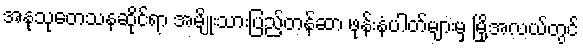
အနုသုတေသနဆိုင်ရာ အမျိုးသားပြည့်တန်ဆာ ဖုန်းနံပါတ်များမှ မြို့အလယ်တွင်